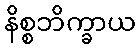
နိစ္စဘိက္ခာယ